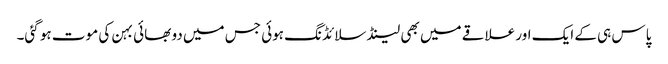
پاس ہی کے ایک اور علاقے میں بھی لینڈ سلائڈنگ ہوئی جس میں دو بھائی بہن کی موت ہو گئی۔